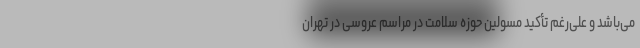
می‌باشد و علی‌رغم تأکید مسولین حوزه سلامت در مراسم عروسی در تهران